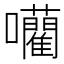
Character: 𭌾